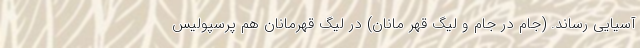
آسیایی رساند. (جام در جام و لیگ قهر مانان) در لیگ قهرمانان هم پرسپولیس